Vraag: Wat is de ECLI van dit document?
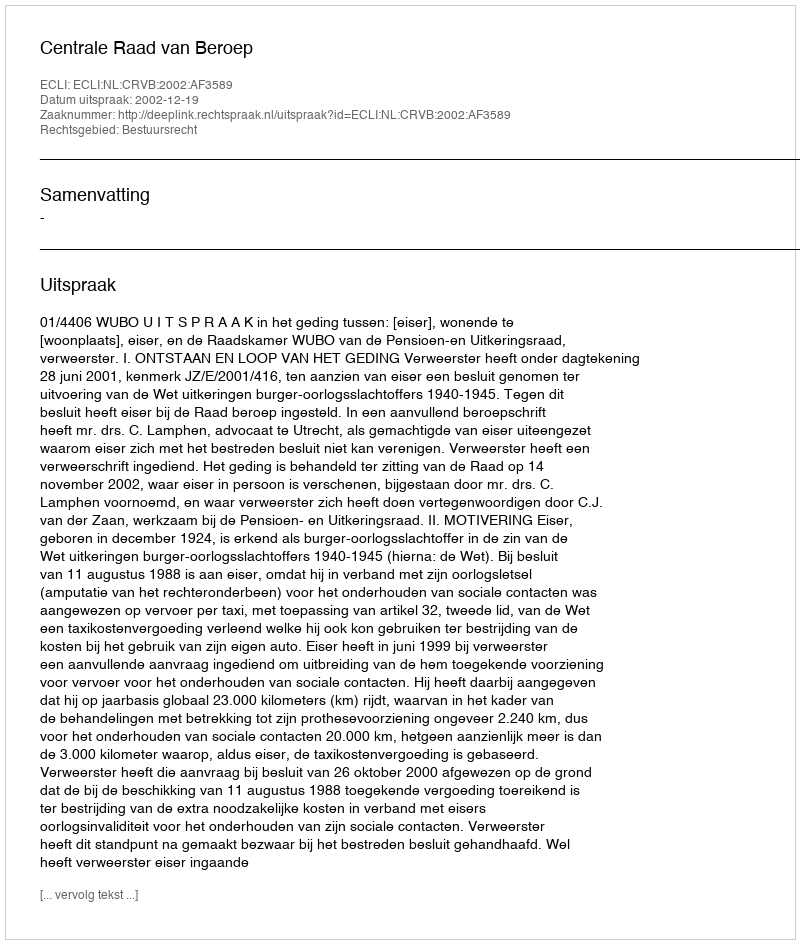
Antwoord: ECLI:NL:CRVB:2002:AF3589